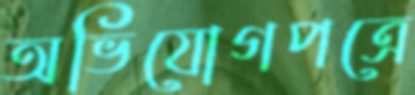
অভিযোগপত্রে